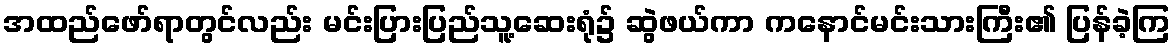
အထည်ဖော်ရာတွင်လည်း မင်းပြားပြည်သူ့ဆေးရုံ၌ ဆွဲဖယ်ကာ ကနောင်မင်းသားကြီး၏ ပြန်ခဲ့ကြ